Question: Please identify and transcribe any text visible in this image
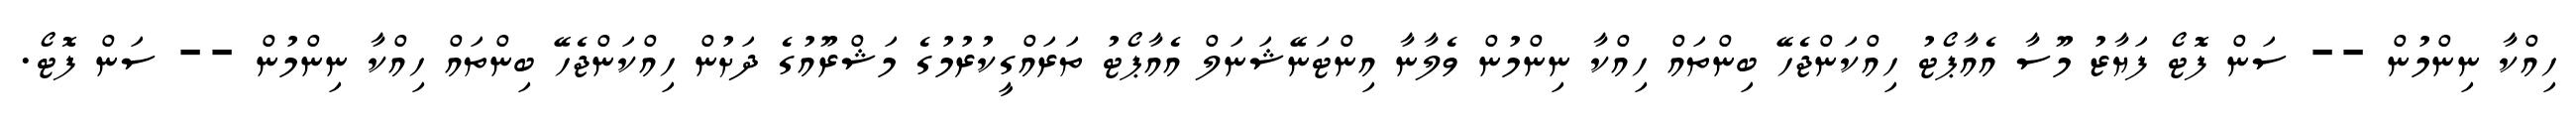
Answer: ހިއްކާ ނިންމުން -- ސަން ފޮޓޯ ފަޔާޒު މޫސާ އެއާޕޯޓު ހިއްކަންޖެހޭ ބިންތައް ހިއްކާ ނިންމުން ވެލާނާ އިންޓަނޭޝަނަލް އެއާޕޯޓު ތަރައްގީކުރުމުގެ މަޝްރޫއުގެ ދަށުން ހިއްކަންޖެހޭ ބިންތައް ހިއްކާ ނިންމުން -- ސަން ފޮޓޯ.